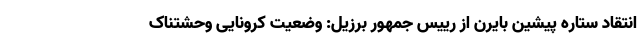
انتقاد ستاره پیشین بایرن از رییس جمهور برزیل: وضعیت کرونایی وحشتناک